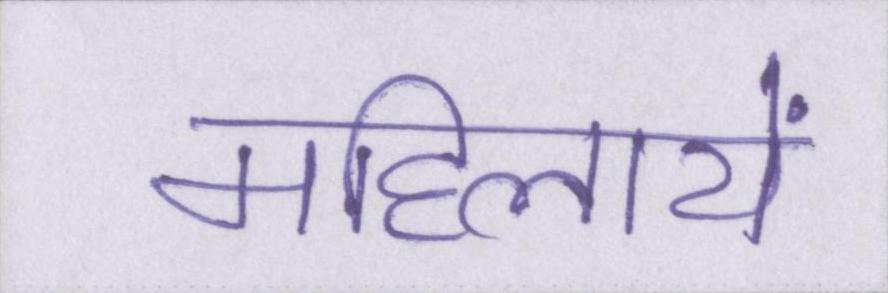
महिलायें